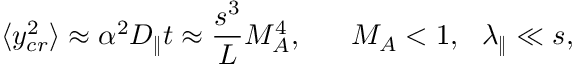
\langle y _ { c r } ^ { 2 } \rangle \approx \alpha ^ { 2 } D _ { \| } t \approx \frac { s ^ { 3 } } { L } M _ { A } ^ { 4 } , ~ ~ ~ ~ ~ M _ { A } < 1 , ~ ~ \lambda _ { \| } \ll s ,